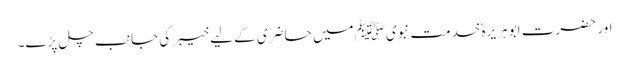
اور حضرت ابو ہریرہؓ خدمت نبویﷺ میں حاضری کے لیے خیبر کی جانب چل پڑے۔